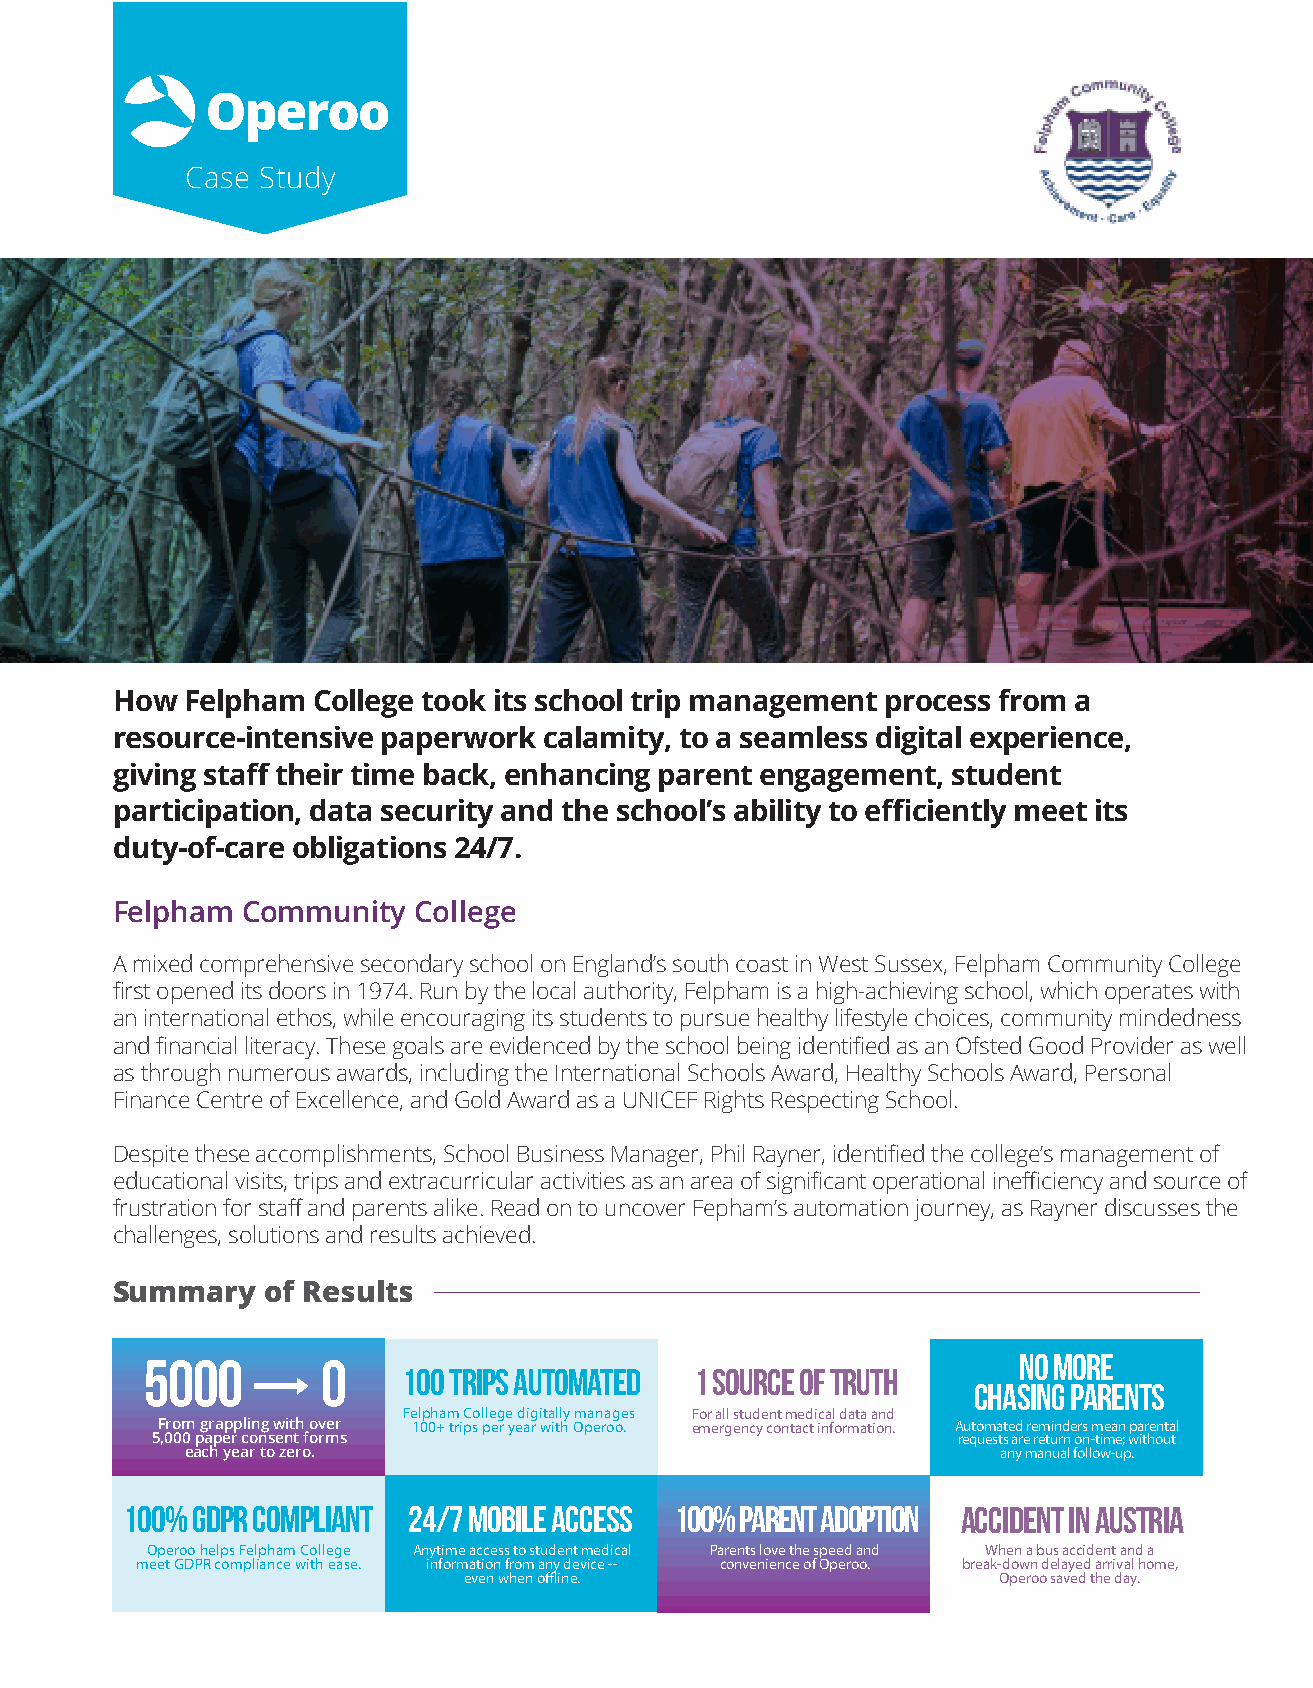
Operoo
 Case Study
 How Felpham  College took its school trip management process from a
 resource-intensive paperwork calamity, to a seamless digital experience,
 giving staff their time back, enhancing parent engagement, student
 participation, data security and the school’s ability to efficiently meet its
 duty-of-care obligations 24/7.
 Felpham  Community  College
 A mixed comprehensive secondary school on England’s south coast in West Sussex, Felpham Community College
 first opened its doors in 1974. Run by the local authority, Felpham is a high-achieving school, which operates with
 an international ethos, while encouraging its students to pursue healthy lifestyle choices, community mindedness
 and financial literacy. These goals are evidenced by the school being identified as an Ofsted Good Provider as well
 as through numerous awards, including the International Schools Award, Healthy Schools Award, Personal
 Finance Centre of Excellence, and Gold Award as a UNICEF Rights Respecting School.
 Despite these accomplishments, School Business Manager, Phil Rayner, identified the college’s management of
 educational visits, trips and extracurricular activities as an area of significant operational inefficiency and source of
 frustration for staff and parents alike. Read on to uncover Fepham’s automation journey, as Rayner discusses the
 challenges, solutions and results achieved.
 Summary    of Results
 5000       0                                             No More
 100 trips automated 1 Source of Truth
 Chasing Parents
 Felpham College digitally manages For all student medical data and
 From grappling with over 100+ trips per year with Operoo. emergency contact information. Automated reminders mean parental
 5,000 paper consent forms                            requests are return on-time; without
 each year to zero.                                    any manual follow-up.
 100% GDPR Compliant 24/7 Mobile Access 100% Parent Adoption Accident in Austria
 Operoo helps Felpham College Anytime access to student medical Parents love the speed and When a bus accident and a
 meet GDPR compliance with ease. information from any device -- convenience of Operoo. break-down delayed arrival home,
 even when offline.                 Operoo saved the day.